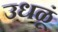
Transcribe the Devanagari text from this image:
उधळूं